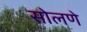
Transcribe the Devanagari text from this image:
सोलणे